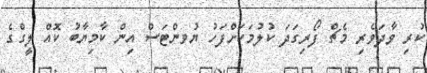
ކުރި ވާދަވެރި މެޗް ފޯރިގަދަ ކުލުމަކަށްފަހު ޔުވންޓަސް އިން ކާމިޔާބު ކޮއް ލީގްގެ